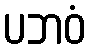
ပဘဝံ